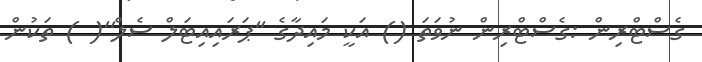
ގެސްޓްރިން :ގެސްޓްރިން ނުވަތަ () އަކީ މައިދާގެ ''ޕަރައިއިޓަލް ސެލް''( ) ތަކުން